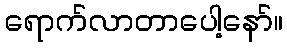
ရောက်လာတာပေါ့နော်။